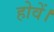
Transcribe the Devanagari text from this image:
होवें।